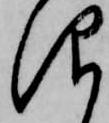
仰